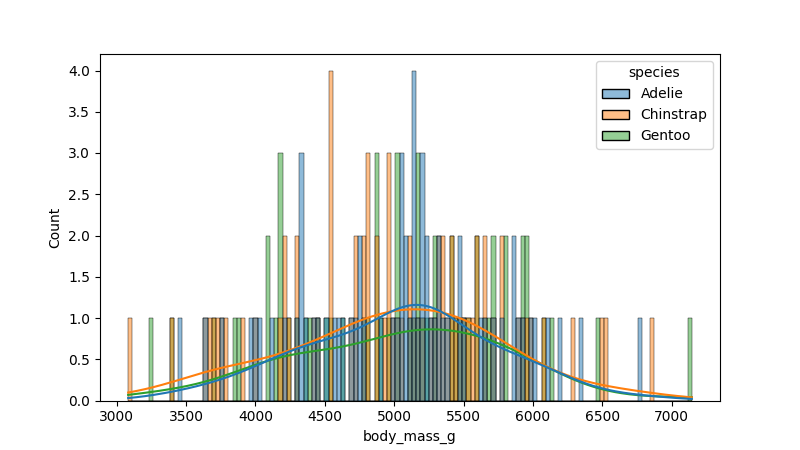
python, seaborn, histplot, hue='species', binwidth=30, bins='20', element='bars'